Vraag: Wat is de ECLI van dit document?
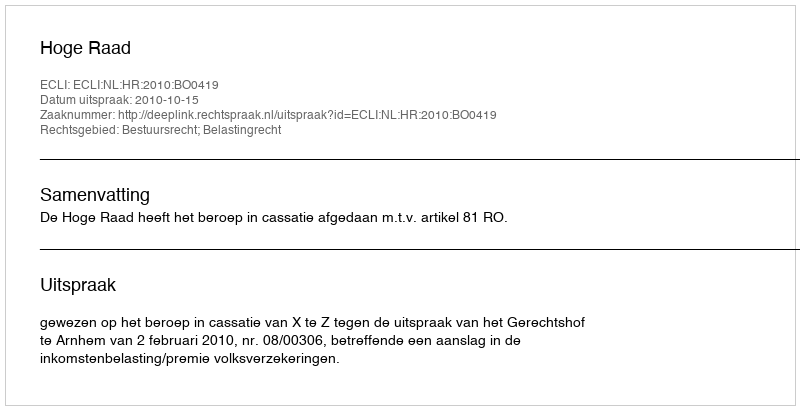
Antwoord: ECLI:NL:HR:2010:BO0419